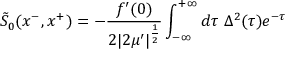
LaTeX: \tilde { S } _ { 0 } ( x ^ { - } , x ^ { + } ) = - { \frac { f ^ { \prime } ( 0 ) } { 2 | 2 \mu ^ { \prime } | ^ { \frac { 1 } { 2 } } } } \int _ { - \infty } ^ { + \infty } d \tau \ \Delta ^ { 2 } ( \tau ) e ^ { - \tau }